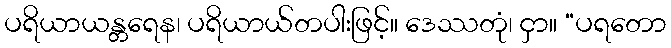
ပရိယာယန္တရေန၊ ပရိယာယ်တပါးဖြင့်။ ဒေဿတုံ၊ ငှာ။ “ပရတော